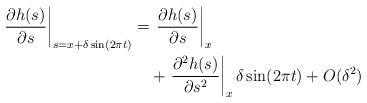
LaTeX: \begin{align*}\begin{aligned}\left .\dfrac{\partial h(s)}{\partial s}\right |_{s=x+\delta \sin (2\pi t)} =&\, \left.\dfrac{\partial h(s)}{\partial s}\right|_x \\&+\left.\dfrac{\partial^2 h(s)}{\partial s^2}\right|_{x} \delta \sin (2\pi t)+ O(\delta^2)\\\end{aligned}\end{align*}